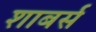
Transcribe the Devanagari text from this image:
शाबर्स